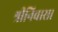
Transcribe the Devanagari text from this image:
श्रीनिवास।